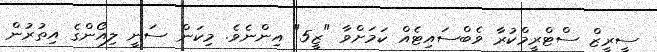
ސީރީޒް ސްޓްރީމްކުރާ ވެބްސައިޓެއް ކަމަށްވާ "ޒީ5" އިންނެވެ. މިކަން ސަނީ ލިއޯންގެ އިތުރުން